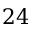
2 4